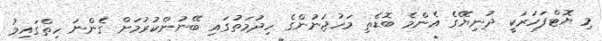
މި ޔޮޓްފަހަރަކީ ދުނިޔޭގެ އެންމެ ބޮޑެތި މަހުޖަނުންގެ ހިދުމަތުގައި ބޭނުންކުރުމަށް ގެންނަ ހިތްގައިމު